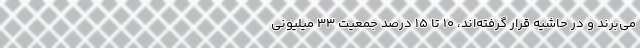
می‌برند و در حاشیه قرار گرفته‌اند، ۱۰ تا ۱۵ درصد جمعیت ۳۳ میلیونی